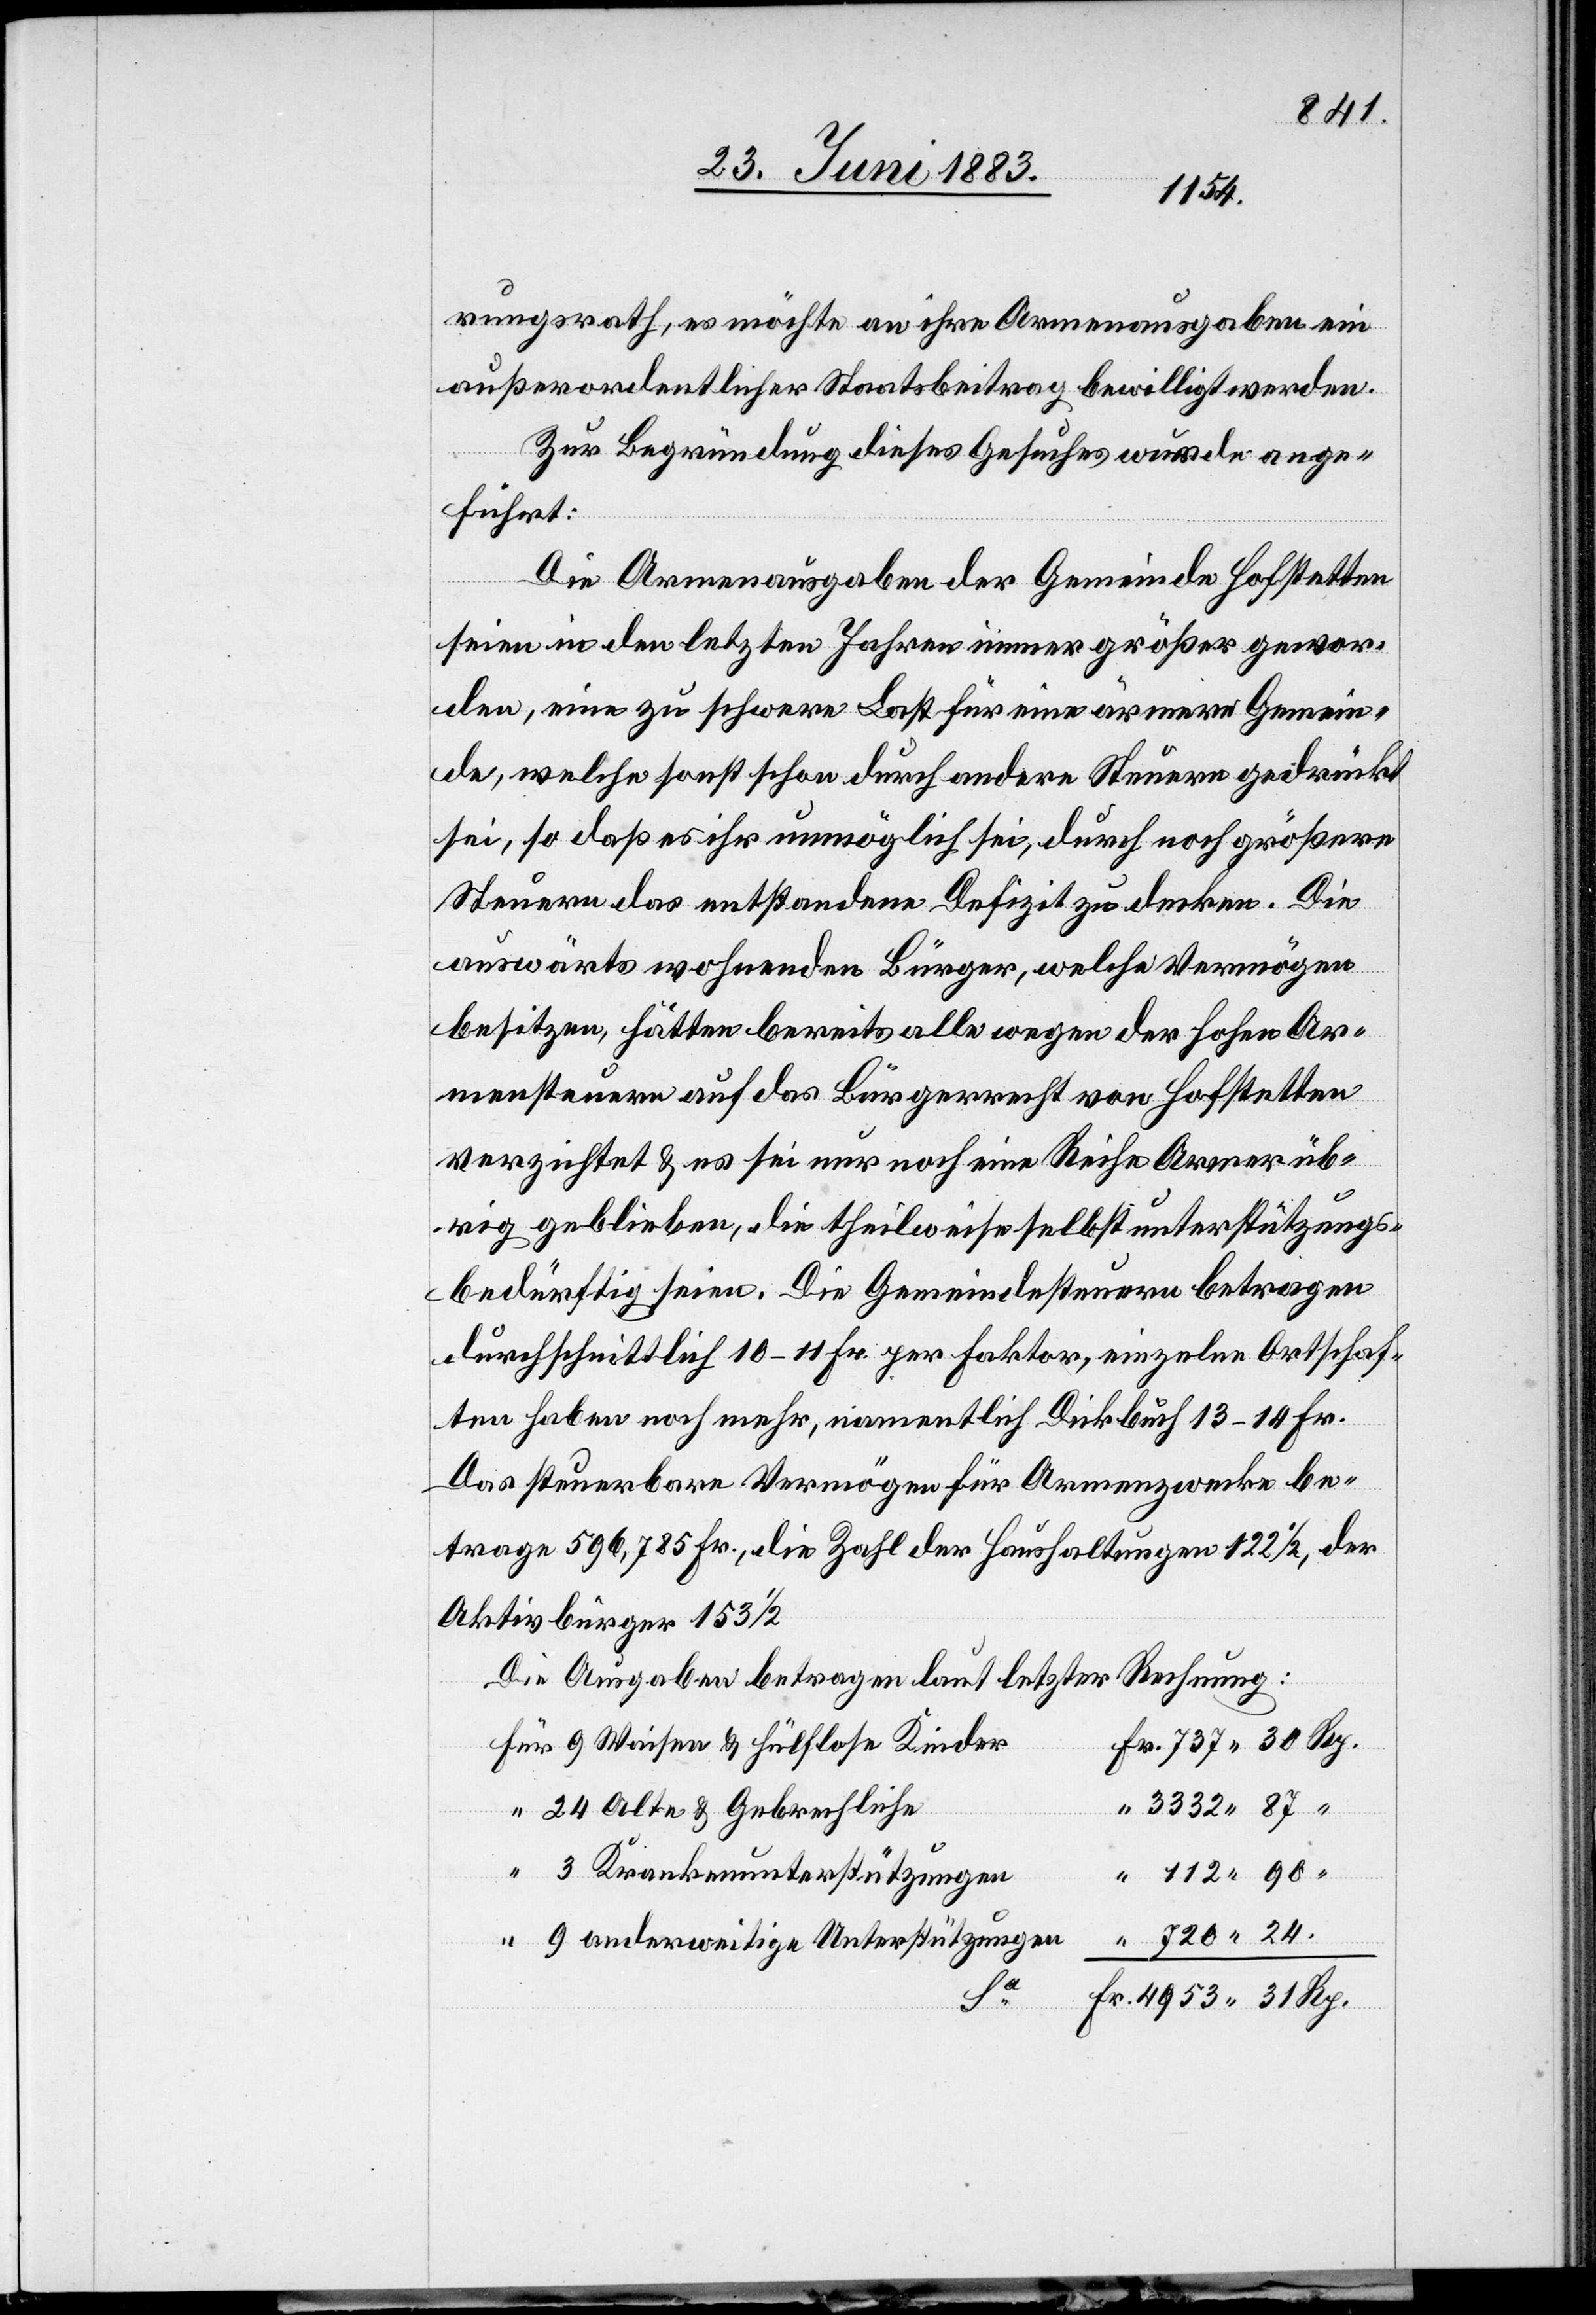
24.
rungsrath, es möchte an ihre Armenausgaben ein
außerordentlicher Staatsbeitrag bewilligt werden.
Zur Begründung dieses Gesuches wurde ange¬
führt:
Die Armenausgaben der Gemeinde Hofstetten
seien in den letzten Jahren immer größer gewor¬
den, eine zu schwere Last für eine ärmere Gemein¬
de, welche sonst schon durch andere Steuern gedrückt
sei, so daß es ihr unmöglich sei, durch noch größere
Steuern das entstandene Defizit zu decken. Die
auswärts wohnenden Bürger, welche Vermögen
besitzen, hätten bereits alle wegen der hohen Ar¬
mensteuern auf das Bürgerrecht von Hoftstetten
verzichtet & es sei nur noch eine Reihe Armer üb¬
rig geblieben, die theilweise selbst unterstützungs¬
bedürftig seien. Die Gemeindesteuern betragen
durchschnittlich 10–11 Fr. per Faktor, einzelne Ortschaf¬
ten haben noch mehr, namentlich Dickbuch 13–14 Fr.
Das steuerbare Vermögen für Armenzwecke be¬
trage 596,785 Fr., die Zahl der Haushaltungen 122 1/2, der
Aktivbürger 153 1/2
Die Ausgaben betragen laut letzter Rechnung:
9 Waisen & hülflose Kinder
24 Alte & Gebrechliche
3 Krankenunterstützungen
9 anderweitige Unterstützungen